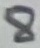
Text: 8